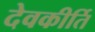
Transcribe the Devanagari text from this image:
देवकीर्ति